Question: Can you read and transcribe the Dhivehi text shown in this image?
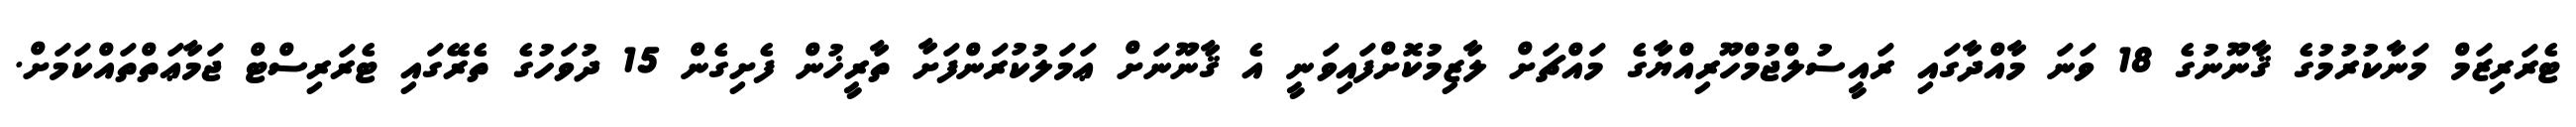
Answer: ޓެރަރިޒަމް މަނާކުރުމުގެ ޤާނޫނުގެ 18 ވަނަ މާއްދާގައި ރައީސުލްޖުމްހޫރިއްޔާގެ މައްޗަށް ލާޒިމުކޮށްފައިވަނީ އެ ޤާނޫނަށް ޢަމަލުކުރަންފަށާ ތާރީޚުން ފެށިގެން 15 ދުވަހުގެ ތެރޭގައި ޓެރަރިސްޓް ޖަމާޢަތްތައްކަމަށް.